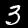
Label: 3